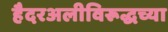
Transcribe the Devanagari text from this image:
हैदरअलीविरूद्धच्या